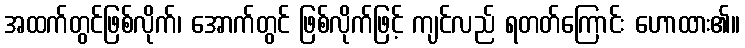
အထက်တွင်ဖြစ်လိုက်၊ အောက်တွင် ဖြစ်လိုက်ဖြင့် ကျင်လည် ရတတ်ကြောင်း ဟောထား၏။